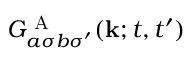
G _ { a \sigma b \sigma ^ { \prime } } ^ { \textrm { A } } ( \mathbf { k } ; t , t ^ { \prime } )